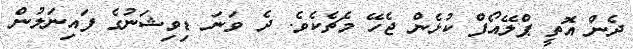
ދެން އޮތީ ޕްލޭއޯފް ކުޅެން ޖެހޭ މެޗެކެވެ. ދެ ވަނަ ޑިވިޝަނުގެ ފައިނަލުން